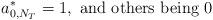
LaTeX: \begin{align*}a^*_{0,N_T}=1,\textrm{ and others being 0}\end{align*}